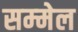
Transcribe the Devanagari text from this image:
सम्‍मेल